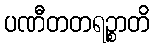
ပဏီတတရဉ္စာတိ